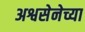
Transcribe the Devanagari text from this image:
अश्वसेनेच्या